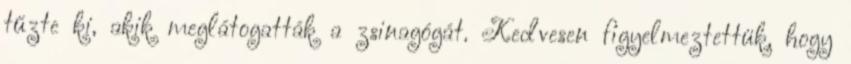
tűzte ki, akik meglátogatták a zsinagógát. Kedvesen figyelmeztettük, hogy